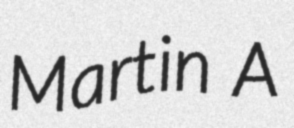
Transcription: Martin A